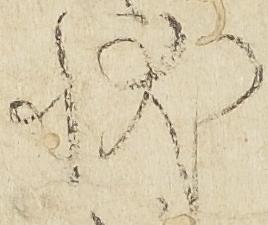
状